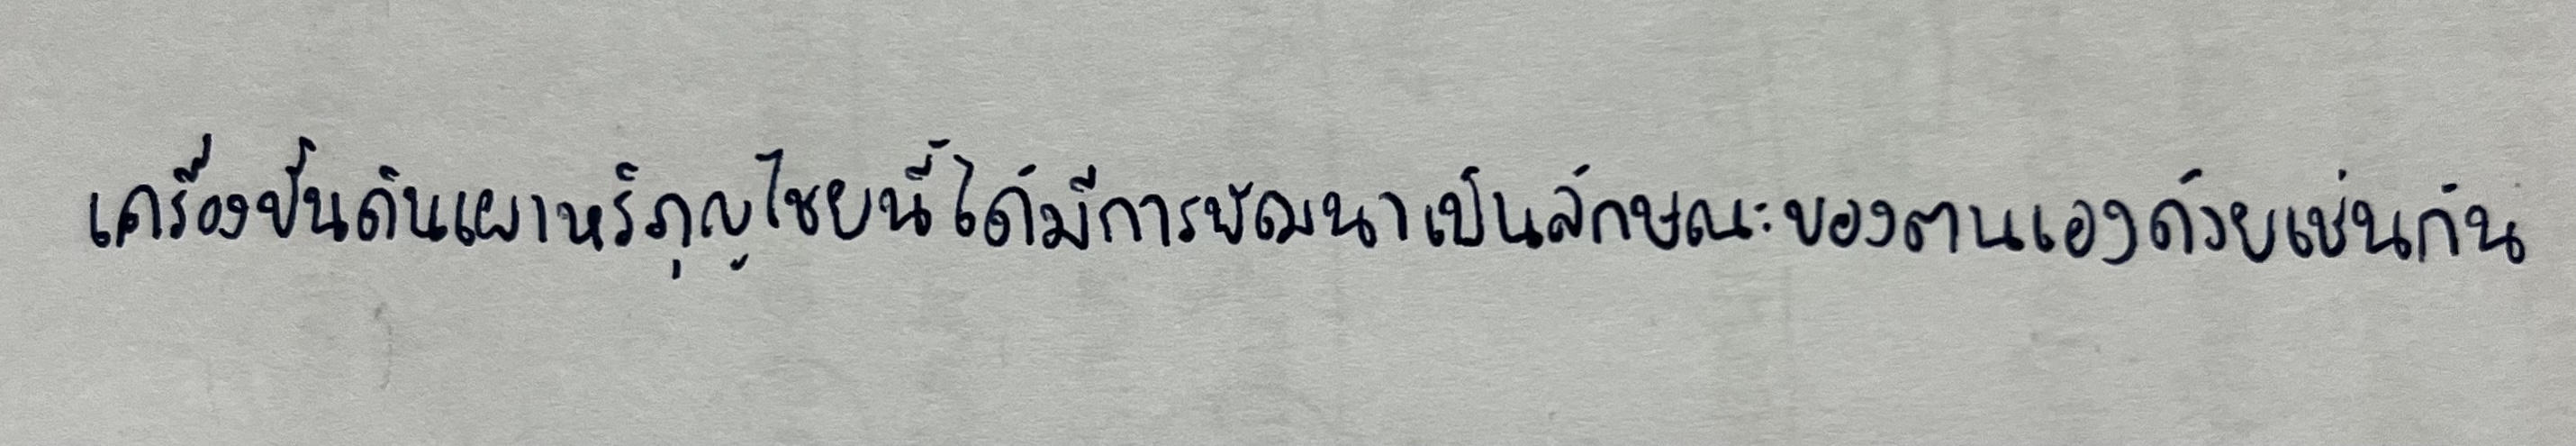
เครื่องปั้นดินเผาหริภุญไชยนี้ได้มีการพัฒนาเป็นลักษณะของตนเองด้วยเช่นกัน